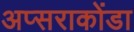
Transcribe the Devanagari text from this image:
अप्सराकोंडा